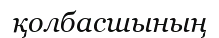
қолбасшының